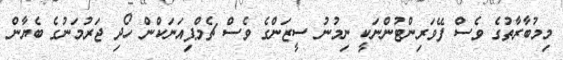
މިމުބާރާތުގެ ވެސް ފޭވަރިންޓުންނަކީ ނިމުނު ސީޒަންގެ ވެސް ޗެމްޕިއަނަކްން ހޯދި ޖަރުމަނުގެ ބެޔާން